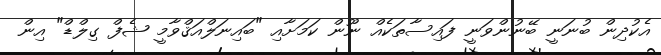
އެކުދިން ބުނަނީ ބޭނުންވަނީ ފައިސާތަކެއް ނޫން ކަމަށާއި "ބައިނަލްއަޤްވާމީ ޝެފް ގިލްޑް" އިން